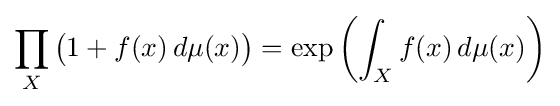
\prod _{X}{\big (}1+f(x)\,d\mu (x){\big )}=\exp \left(\int _{X}f(x)\,d\mu (x)\right)